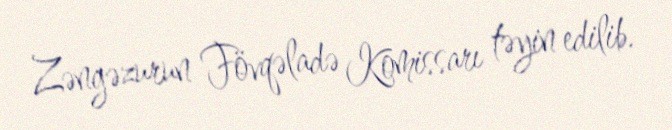
Zəngəzurun Fövqəladə Komissarı təyin edilib.